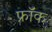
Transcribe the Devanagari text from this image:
फ्राॅक